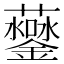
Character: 𧅒